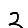
Digit: 2